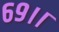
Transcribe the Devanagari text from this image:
६९।।